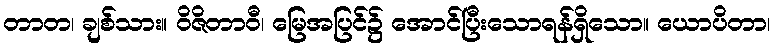
တာတ၊ ချစ်သား။ ဝိဇိတာဝီ၊ မြေအပြင်၌ အောင်ပြီးသောရန်ရှိသော။ ယောပိတာ၊